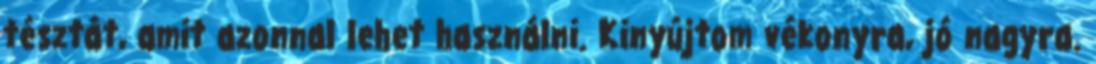
tésztát, amit azonnal lehet használni. Kinyújtom vékonyra, jó nagyra.